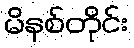
မိနစ်တိုင်း